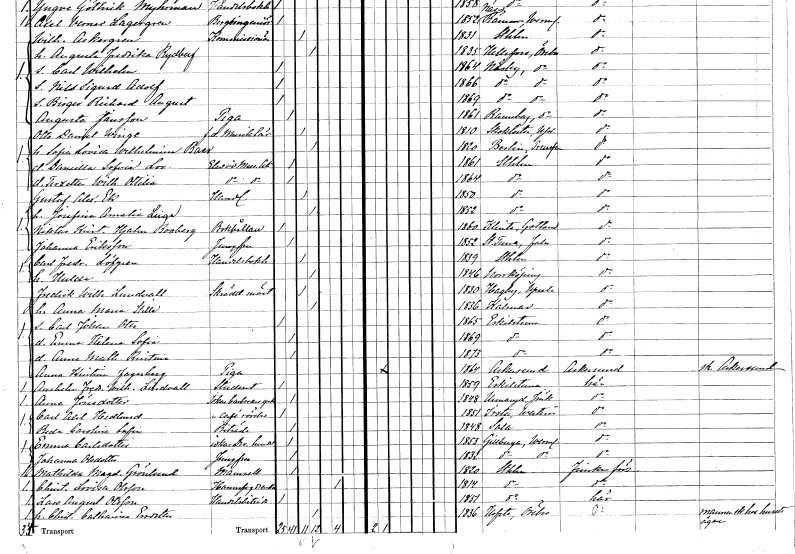
gt_parse: households: individuals: FN: Otto Daniel
EN: Winge
YRKE: Musiklärare f.d.
KON: M
CIV: G
FODAR: 1810
FODFORS: Skokloster Uppsala län
FN: Sofia Lovisa Wilhelmina
EN: Baer
KON: K
CIV: G
FODAR: 1820
FN: Daniella Sofvia Lovisa
YRKE: Musikakademielev
KON: K
CIV: O
FODAR: 1861
FODFORS: Stockholm
FN: Terzetta Wilhelmina Ottilia
YRKE: Musikakademielev
KON: K
CIV: O
FODAR: 1864
FODFORS: Stockholm
FN: Gustaf Alexander
EN: Ek
YRKE: Handlande
KON: M
CIV: G
FODAR: 1850
FODFORS: Stockholm
FN: Josefina Amalia
EN: Linge
KON: K
CIV: G
FODAR: 1852
FODFORS: Stockholm
FN: Niklas Kristian Hjalmar
EN: Booberg
YRKE: Bokhållare
KON: M
CIV: O
FODAR: 1860
FODFORS: Klinte Gotlands län
FN: Johanna
EN: Eriksson
YRKE: Jungfru
KON: K
CIV: O
FODAR: 1852
FODFORS: Stora Tuna Kopparbergs län
FN: Carl Fredrik
EN: Löfgren
YRKE: Handelsbokhållare
KON: M
CIV: G
FODAR: 1839
FODFORS: Stockholm
FN: Hulda
KON: K
CIV: G
FODAR: 1846
FODFORS: Norrköping Östergötlands län
FN: Fredrik Wilhelm
EN: Lundvall
YRKE: Skräddarmästare
KON: M
CIV: G
FODAR: 1830
FODFORS: Hagby Uppsala län
FN: Anna Maria Stella
KON: K
CIV: G
FODAR: 1836
FODFORS: Kalmar Kalmar län
FN: Carl Johan Otto
KON: M
CIV: O
FODAR: 1865
FODFORS: Eskilstuna Södermanlands län
FN: Emma Helena Sofia
KON: K
CIV: O
FODAR: 1869
FODFORS: Eskilstuna Södermanlands län
FN: Anna Mathilda Kristina
KON: K
CIV: O
FODAR: 1873
FODFORS: Eskilstuna Södermanlands län
FN: Anna Kristina
EN: Fagerberg
YRKE: Piga
KON: K
CIV: O
FODAR: 1864
FODFORS: Askersund Örebro län
FN: Anshelm Fredrik Wilhelm
EN: Lindvall
YRKE: Student
KON: M
CIV: O
FODAR: 1859
FODFORS: Eskilstuna Södermanlands län
FN: Anna
EN: Jönsdotter
YRKE: Barberare
KON: K
CIV: O
FODAR: 1848
FODFORS: Södra Unnaryd Hallands län
FN: Carl Axel
EN: Hedlund
YRKE: Kaféidkare
KON: M
CIV: O
FODAR: 1851
FODFORS: Irsta Västmanlands län
FN: Beda Carolina Sofia
YRKE: Biträde
KON: K
CIV: O
FODAR: 1848
FODFORS: Sala Västmanlands län
FN: Emma
EN: Carlsdotter
YRKE: Diversehandlerska
KON: K
CIV: O
FODAR: 1853
FODFORS: Gillberga Värmlands län
FN: Johanna
EN: Olsdotter
YRKE: Jungfru
KON: K
CIV: O
FODAR: 1832
FODFORS: Gillberga Värmlands län
FN: Mathilda Magdalena
EN: Grönlund
KON: K
CIV: O
FODAR: 1820
FODFORS: Stockholm
FN: Christina Lovisa
EN: Olsson
YRKE: Hamnfogdeänka
KON: K
CIV: E
FODAR: 1814
FODFORS: Stockholm
FN: Lars August
EN: Olsson
YRKE: Handelsbiträde
KON: M
CIV: O
FODAR: 1851
FODFORS: Stockholm
FN: Christina Catharina
EN: Ersdotter
KON: K
CIV: G
FODAR: 1836
FODFORS: Hovsta Örebro län